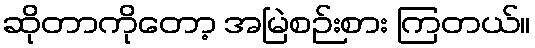
ဆိုတာကိုတော့ အမြဲစဉ်းစား ကြတယ်။